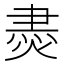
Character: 𱫮